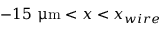
- 1 5 ~ { \upmu \mathrm { m } } < x < x _ { w i r e }